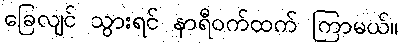
ခြေလျင် သွားရင် နာရီဝက်ထက် ကြာမယ်။